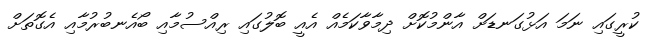
ކުރީގައި ނަމަ އަޅުގަނޑަށް އާންމުކޮށް ދިމާވާކަމެއް އެއީ ބޮލުގައި ރިއްސުމާއި ބޯއެނބުރުމާއި އެގޮތަށް